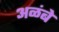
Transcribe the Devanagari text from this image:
अळंबे